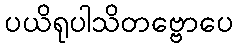
ပယိရုပါသိတဗ္ဗောပေ